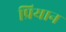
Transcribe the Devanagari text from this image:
प्रियान